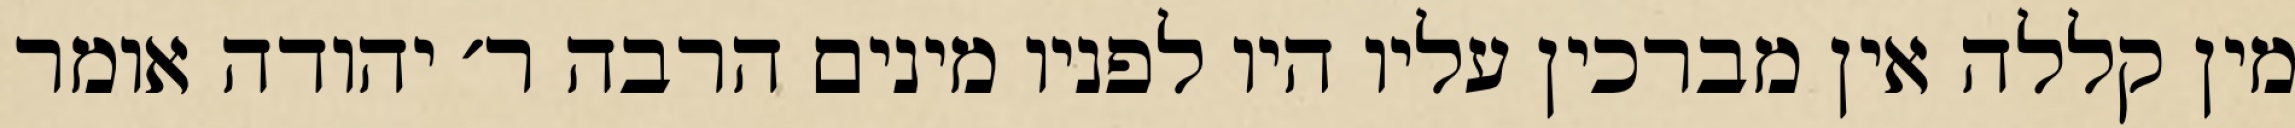
מין קללה אין מברכין עליו היו לפניו מינים הרבה ר׳ יהודה אומר